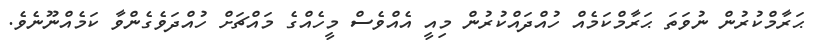
ޙަރާމްކުރުން ނުވަތަ ޙަރާމްކަމެއް ހުއްދައްކުރުން މިއީ އެއްވެސް މީހެއްގެ މައްޗަށް ހުއްދަވެގެންވާ ކަމެއްނޫނެވެ.